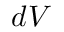
d V